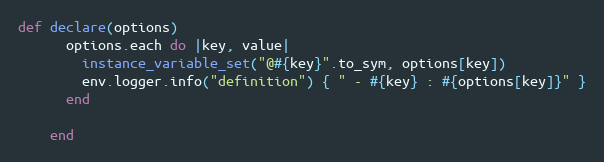
Language: Ruby
def declare(options)
      options.each do |key, value|
        instance_variable_set("@#{key}".to_sym, options[key])
        env.logger.info("definition") { " - #{key} : #{options[key]}" }
      end

    end